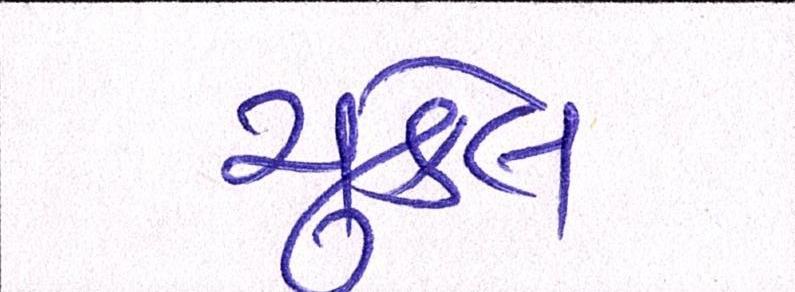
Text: ચુકેલ